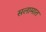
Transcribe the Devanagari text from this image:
सलामात